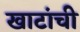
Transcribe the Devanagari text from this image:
खाटांची